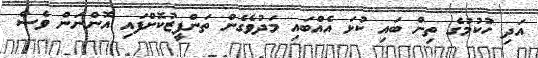
އަދި ހުކުމުގެ ތިން ބައި ކުޅަ އެއްބައި މަދުވެގެން ތަންފީޒުކޮށްފައި އޮންނަން ވެސް